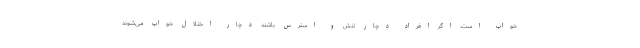
خواب است. اگر افراد دچار تنش و استرس باشند دچار اختلال خواب می‌شوند